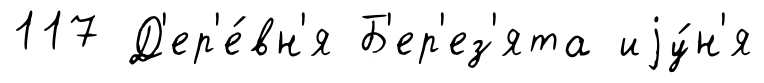
117 Д'ер'е́вн'я Б'ер'ез'ята иjу́н'я